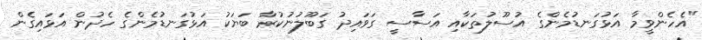
"އެހެންވީމާ އަޅުގަނޑުމެންގެ އުސޫލުތަކާއި އަސާސީ ގަވައިދު ގަބޫލުނުކުރާ ބަޔަކު އަޅުގަނޑުމެންގެ ހެދުން އަޅައިގެން